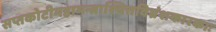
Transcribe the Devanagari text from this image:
सप्तकोटीमहामन्त्राश्चित्तविभ्रंशकारकाः